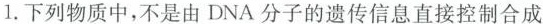
1.下列物质中，不是由DNA分子的遗传信息直接控制合成